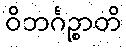
ဝိဘင်္ဂဉ္စာတိ